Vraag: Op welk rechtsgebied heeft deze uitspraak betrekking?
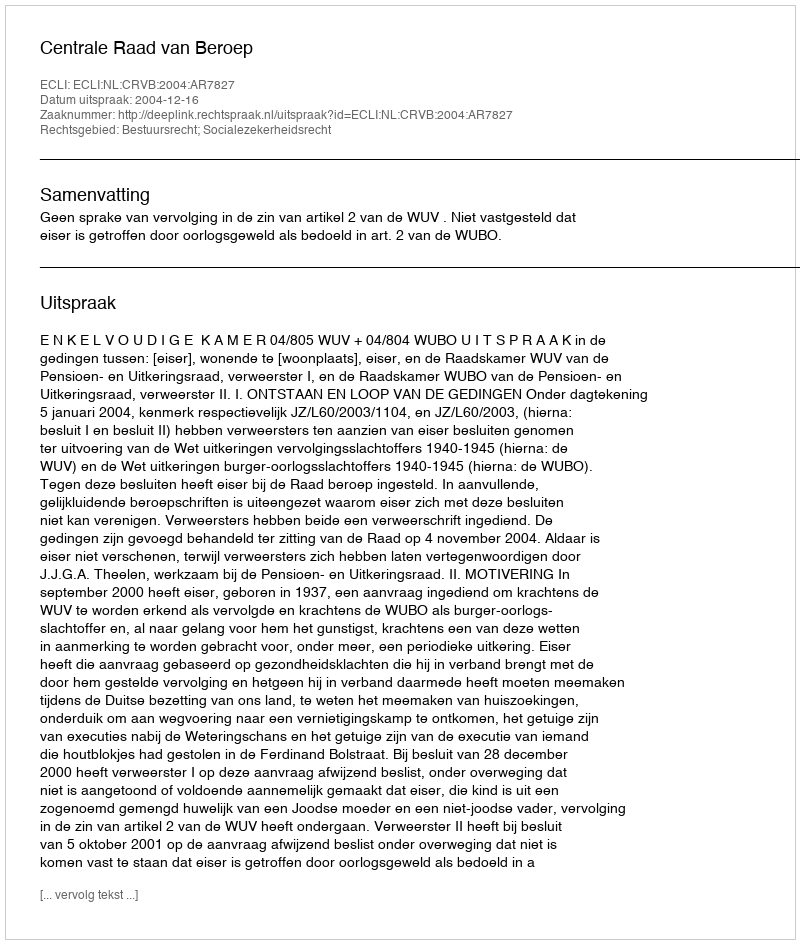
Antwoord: Bestuursrecht; Socialezekerheidsrecht